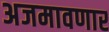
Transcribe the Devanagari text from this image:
अजमावणार